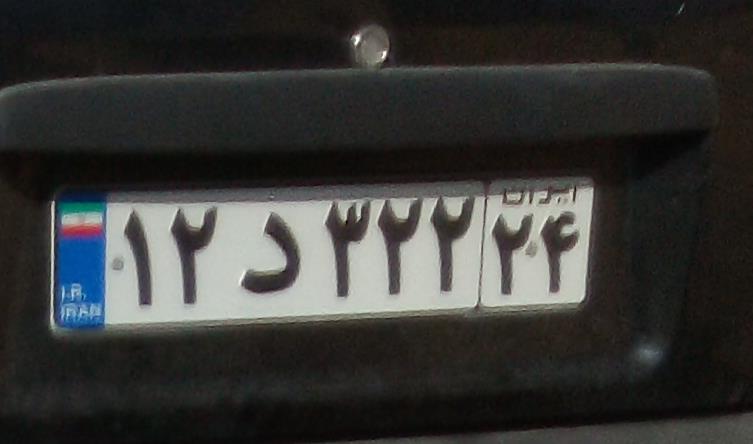
۱۲د۳۲۲۲۴